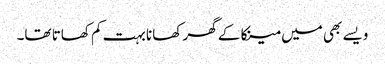
ویسے بھی میں مینکا کے گھر کھانا بہت کم کھاتا تھا۔